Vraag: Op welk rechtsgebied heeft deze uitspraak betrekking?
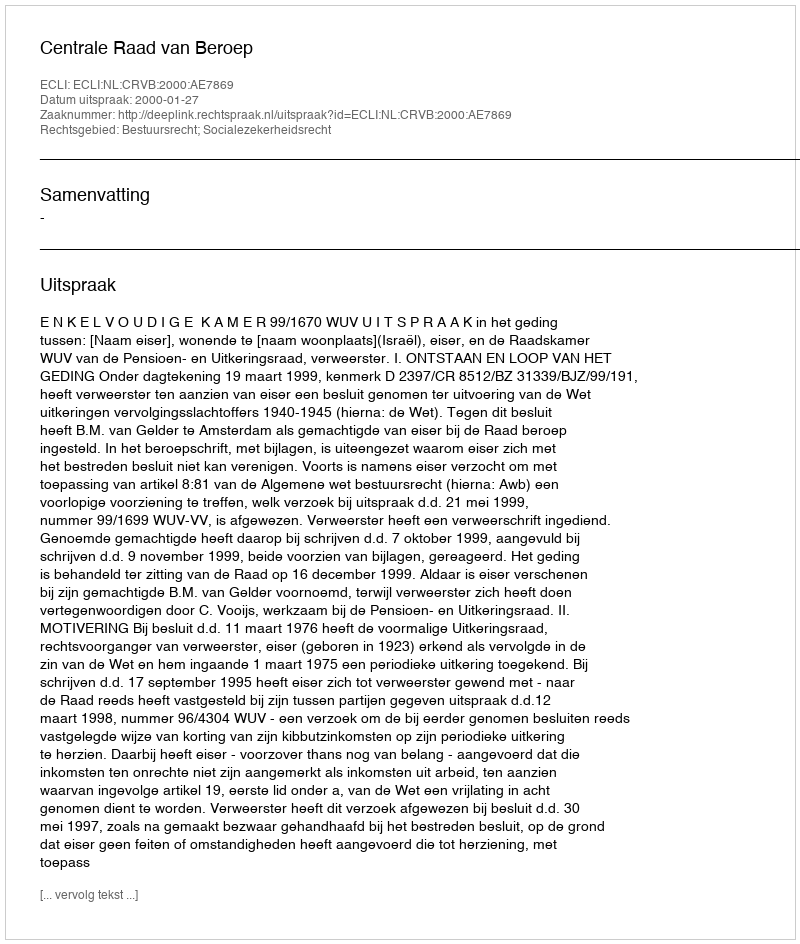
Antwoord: Bestuursrecht; Socialezekerheidsrecht